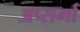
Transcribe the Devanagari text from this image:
अप्सर्मा